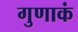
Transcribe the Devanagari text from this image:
गुणाकं